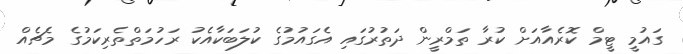
ގައުމީ ޓީމް ކޮރެއާއަށް ކުރާ ތަމްރީން ދަތުރުގައި އެގައުމުގެ ކުލަބަކާއެކު ރަހުމަތްތެރިކަމުގެ މެޗެއް